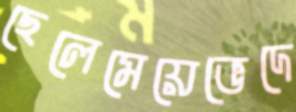
ছেলেমেয়েভেদে